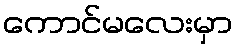
ကောင်မလေးမှာ